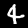
Label: 4